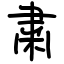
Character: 粛